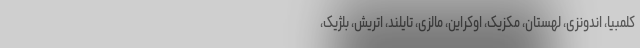
کلمبیا، اندونزی، لهستان، مکزیک، اوکراین، مالزی، تایلند، اتریش، بلژیک،